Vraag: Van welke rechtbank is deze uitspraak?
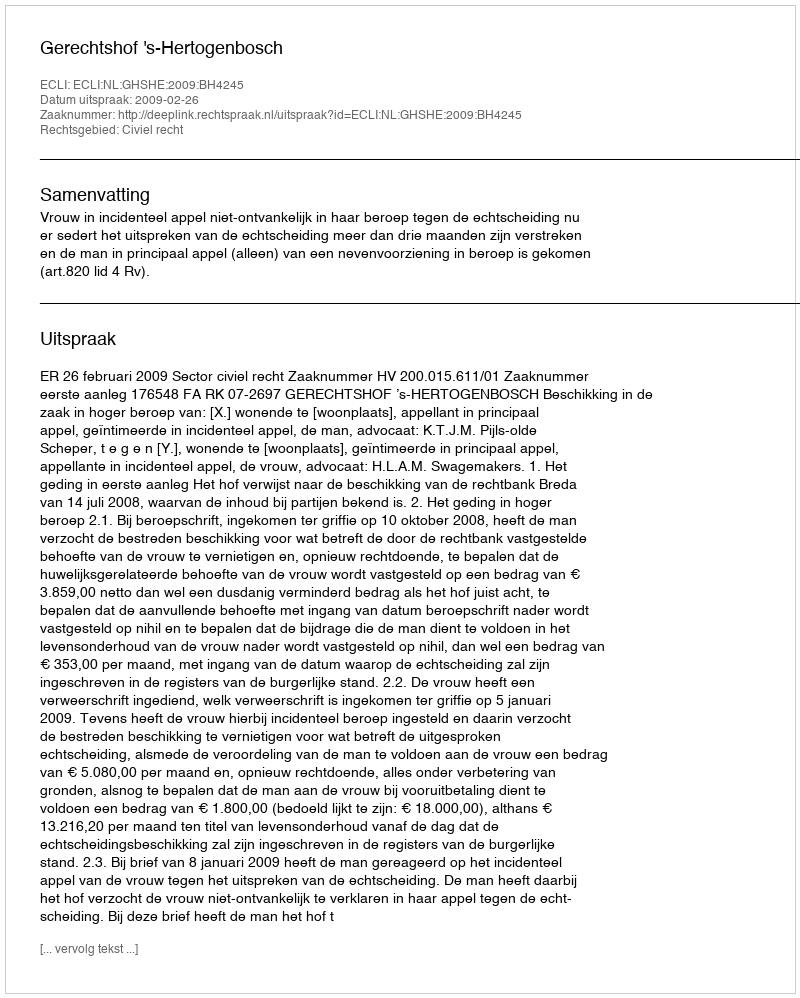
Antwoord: Gerechtshof 's-Hertogenbosch